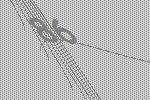
86